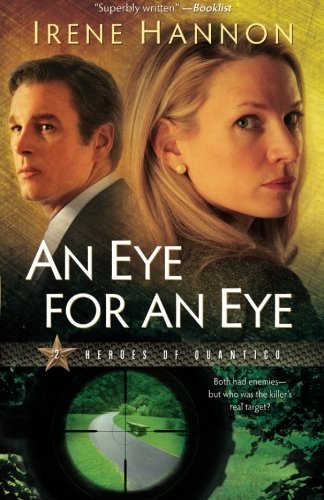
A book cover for An Eye for an Eye (Heroes of Quantico Series, Book 2) (Volume 2); Irene Hannon; Romance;